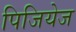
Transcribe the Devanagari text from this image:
पिजियेज